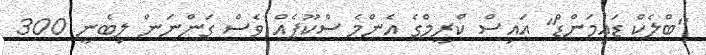
"ބްލެކް ޑައިމަންޑް" އައިސް ކްރީމްގެ އެންމެ ސްކޫޕެއް ވެސް ގަންނަން ލިބެނީ 300